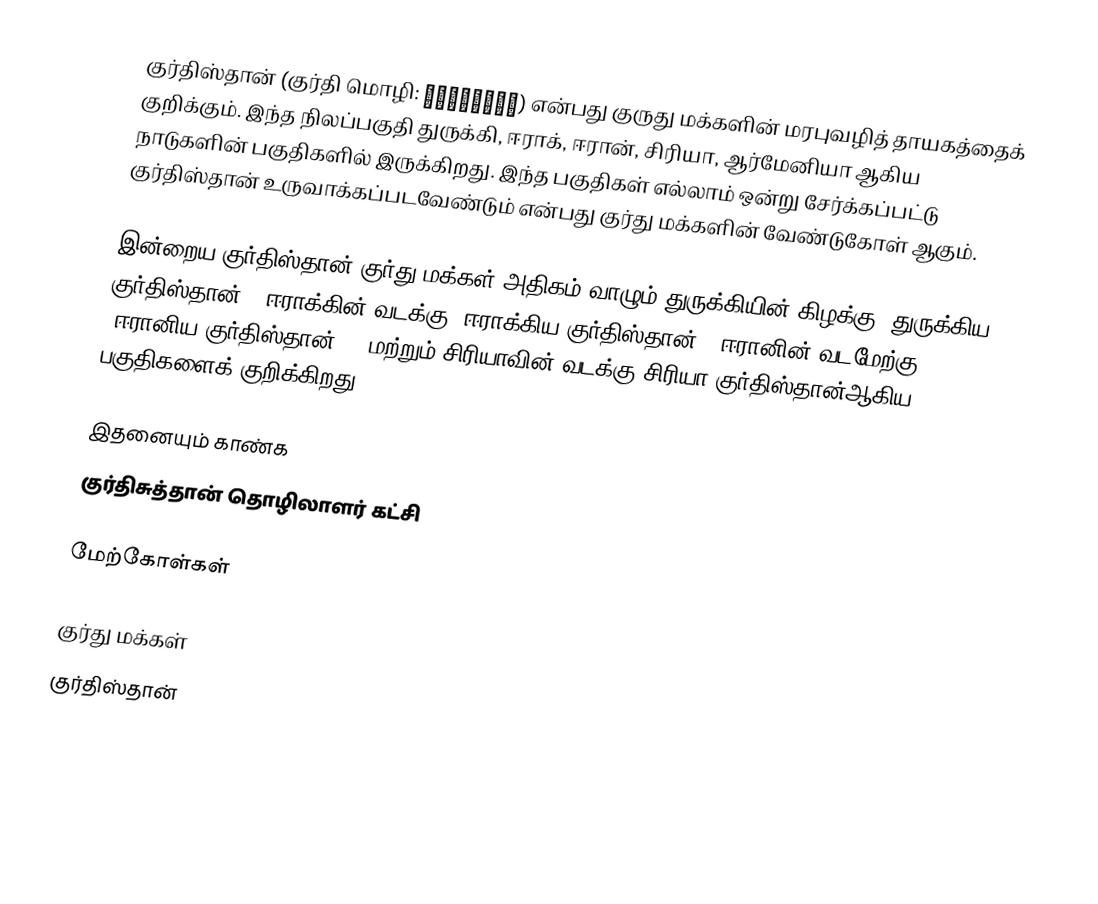
குர்திஸ்தான் (குர்தி மொழி: كوردستان) என்பது குருது மக்களின் மரபுவழித் தாயகத்தைக் குறிக்கும்.  இந்த நிலப்பகுதி துருக்கி, ஈராக், ஈரான், சிரியா, ஆர்மேனியா ஆகிய நாடுகளின் பகுதிகளில் இருக்கிறது.  இந்த பகுதிகள் எல்லாம் ஒன்று சேர்க்கப்பட்டு குர்திஸ்தான் உருவாக்கப்படவேண்டும் என்பது குர்து மக்களின் வேண்டுகோள் ஆகும்.

இன்றைய குர்திஸ்தான் குர்து மக்கள் அதிகம் வாழும் துருக்கியின் கிழக்கு (துருக்கிய குர்திஸ்தான்), ஈராக்கின் வடக்கு (ஈராக்கிய குர்திஸ்தான்), ஈரானின் வடமேற்கு (ஈரானிய குர்திஸ்தான்) , மற்றும் சிரியாவின் வடக்கு சிரியா குர்திஸ்தான்ஆகிய பகுதிகளைக் குறிக்கிறது.

இதனையும் காண்க
 குர்திசுத்தான் தொழிலாளர் கட்சி

மேற்கோள்கள்

குர்து மக்கள்
குர்திஸ்தான்